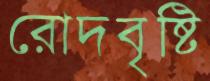
রোদবৃষ্টি